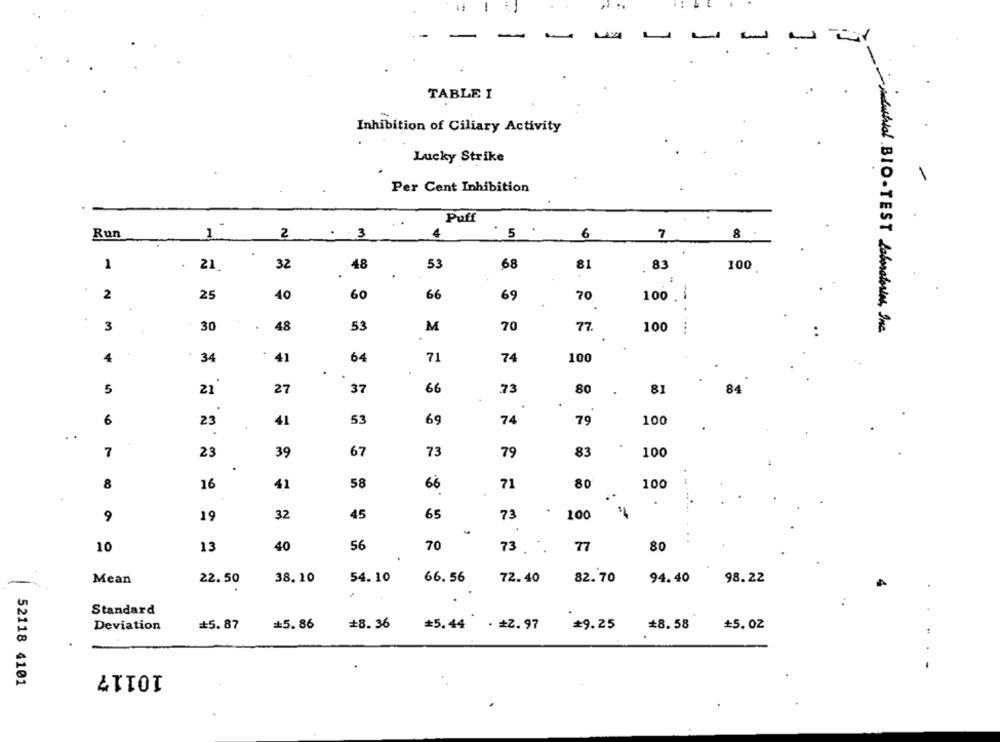
-
TABLE I
Inhibition of Ciliary Activity
Lucky Strike
Per Cent Inhibition
Puff
Run
1
2
.:
4
5 .
6
7
8
1
21
32
48
53
68
81
83
100
.
2
25
40
60
66
69
70
100 . |
3
30
48
53
M
70
77.
...
100
-mutual BIO-TEST delmaterial, Inc.
.
4
34
41
64
71
74
100
5
21
27
37
66
73
80
81
84
6
23
41
53
69
74
79
100
.
23
39
67
73
79
83
100
7
58
80
8
16
41
66
71
100
9
19
32
45
65
73
100
-
10
13
40
56
70
73.
77
80
38.10
54.10
66.56
72.40
82.70
94.40
98.22
Mean
22.50
Standard
Deviation
#5.87
=5.86
#8.36
=5.44
. #2. 97
#9.25
*8.58
#5.02
10117
52118 4101